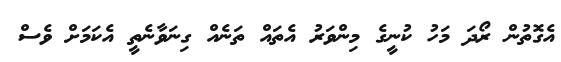
އެގޮތުން ރޯދަ މަހު ކުނީގެ މިންވަރު އެތައް ތަނެއް ގިނަވާނެތީ އެކަމަށް ވެސް